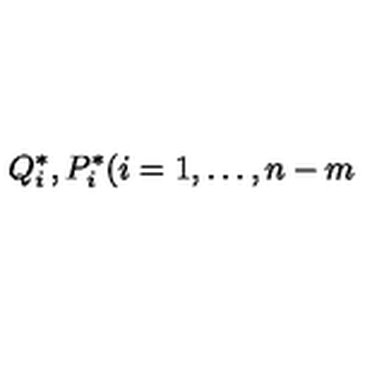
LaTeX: Q _ { i } ^ { \ast } , P _ { i } ^ { \ast } ( i = 1 , \dots , n - m